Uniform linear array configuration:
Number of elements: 16
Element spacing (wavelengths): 1
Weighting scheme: hamming
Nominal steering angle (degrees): -15
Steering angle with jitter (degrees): -14.192
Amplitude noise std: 0.05
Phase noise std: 0.05

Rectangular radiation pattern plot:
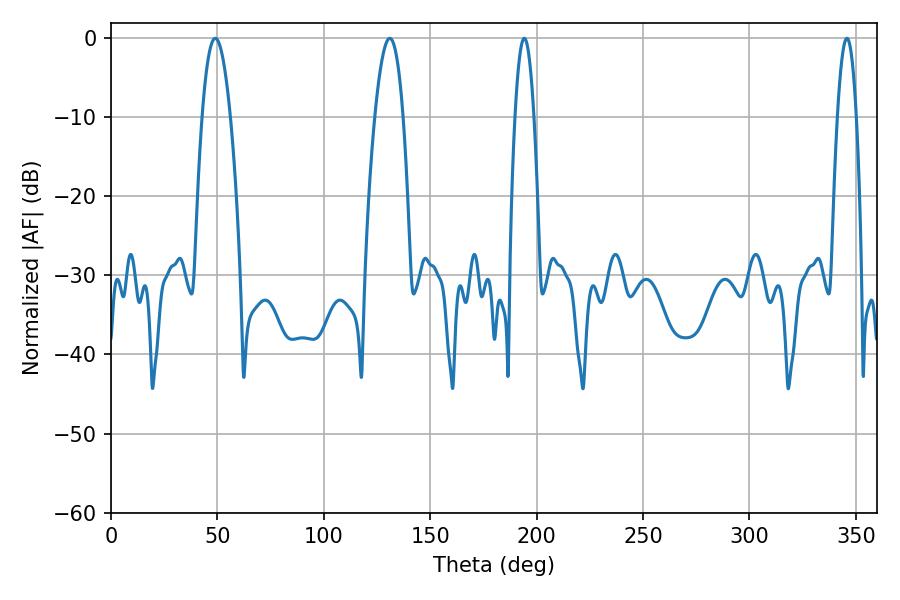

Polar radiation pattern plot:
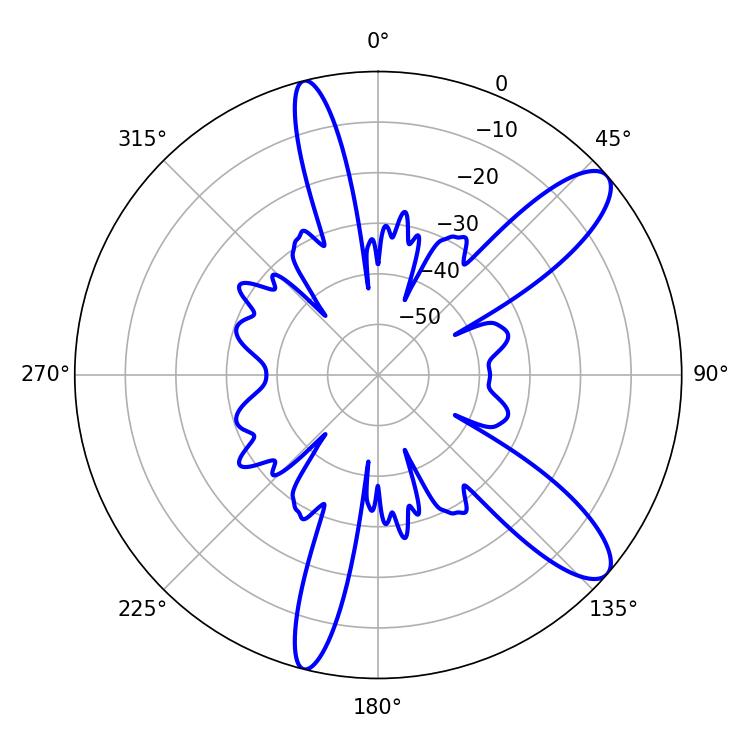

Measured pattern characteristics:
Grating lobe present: TRUE
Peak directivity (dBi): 10.919
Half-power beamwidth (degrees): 4.86
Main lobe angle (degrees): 194.22